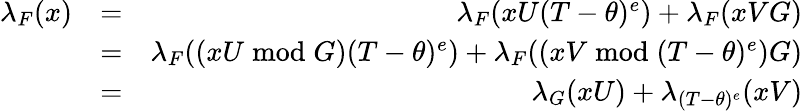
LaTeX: \begin{array}{rlr}{\lambda_{F}(x)}&{=}&{\lambda_{F}(xU(T-\theta)^{e})+\lambda_{F}(xVG)}\\ &{=}&{\lambda_{F}((xU\bmod G)(T-\theta)^{e})+\lambda_{F}((xV\bmod(T-\theta)^{e})G)}\\ &{=}&{\lambda_{G}(xU)+\lambda_{(T-\theta)^{e}}(xV)}\end{array}